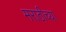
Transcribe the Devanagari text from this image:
मराठीच्‍या